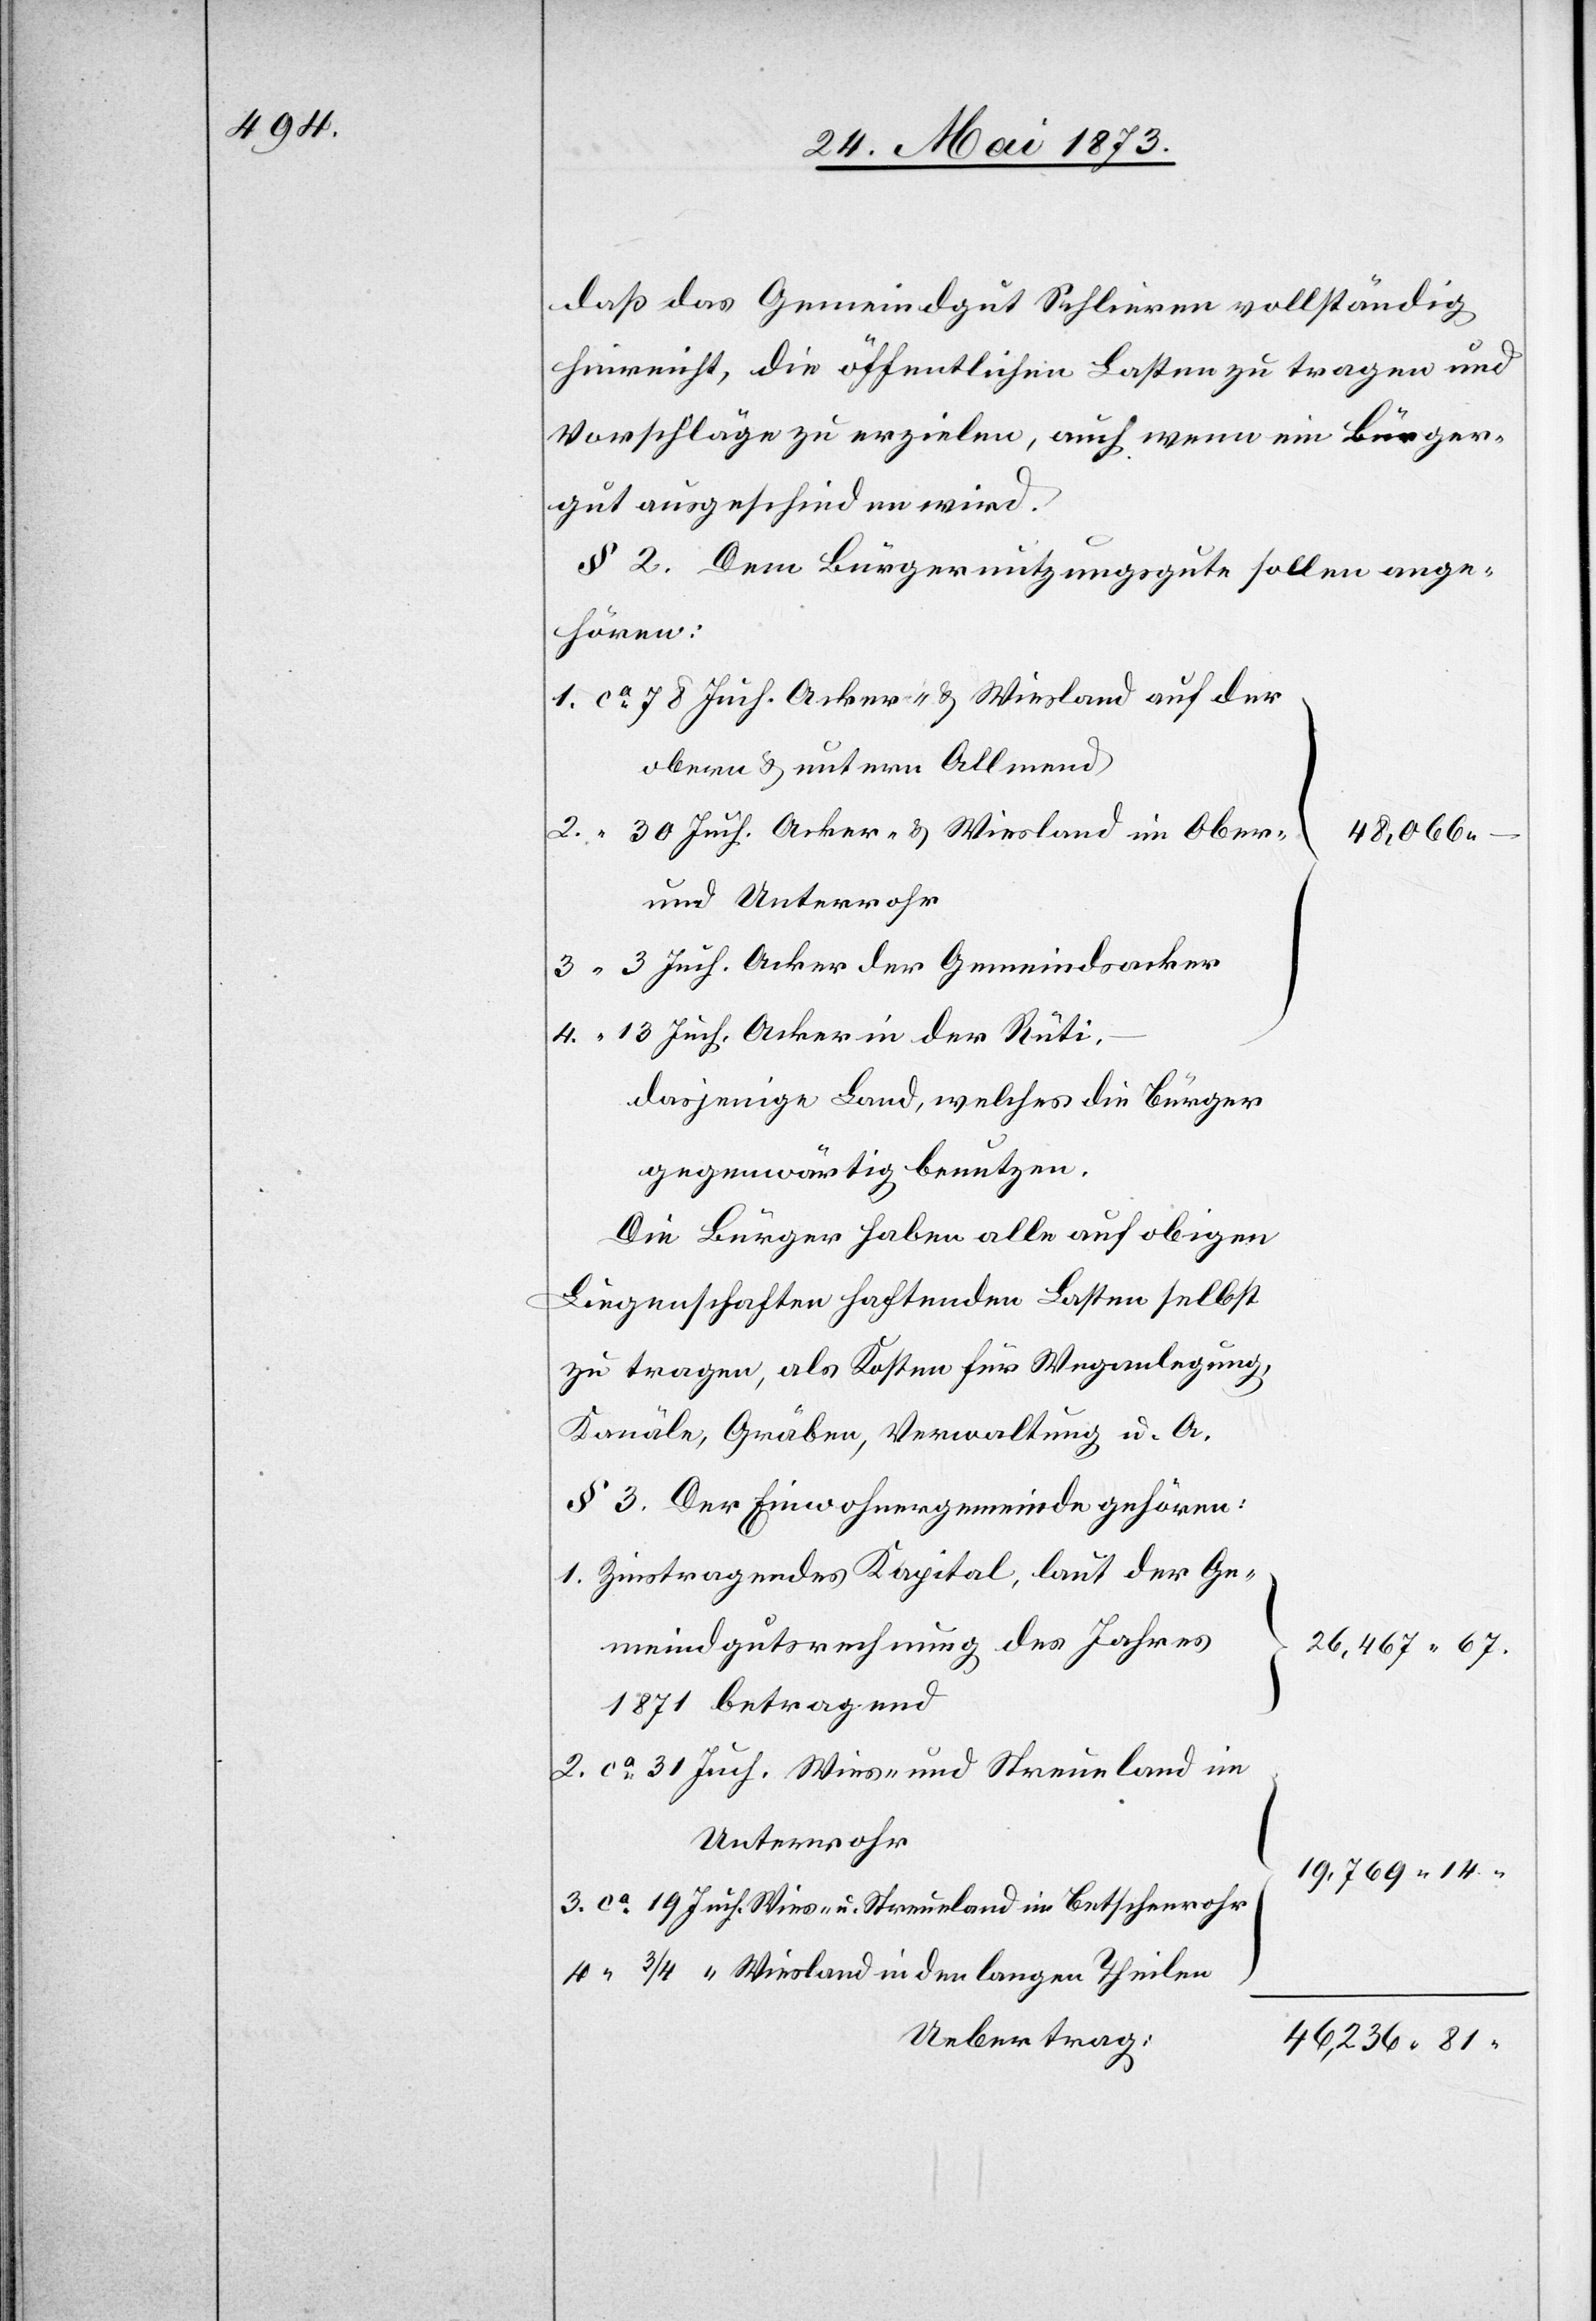
daß das Gemeindgut Schlieren vollständig
hinreicht, die öffentlichen Lasten zu tragen und
Vorschläge zu erzielen, auch wenn ein Bürger¬
gut ausgeschieden wird.
§ 2. Dem Bürgernutzungsgute sollen ange¬
hören:
1. ca 78 Juch. Acker- & Wiesland auf der
obern & untern Allmend
2.
30 Juch. Acker- & Wiesland im Ober
48,066 –
und Unterrohr
3. “ 3 Juch. Acker der Gemeindsacker
4. “ 13 Juch. Acker in der Rüti.
dasjenige Land, welches die Bürger
gegenwärtig benutzen.
Die Bürger haben alle auf obigen
Liegenschaften haftenden Lasten selbst
zu tragen, als Kosten für Weganlegung,
Kanäle, Gräben, Verwaltung u. A.
§ 3. Der Einwohnergemeinde gehören:
1. Zinstragendes Kapital, laut der Ge¬
meindgutsrechnung des Jahres
26,467 67.
1871 betragend
2. ca 31 Juch. Wies- und Streueland im
Unterrohr
19,769 14.
3. ca 19 Juch. Wies- u. Streueland im Betschenrohr
4. “ 3/4 “ Wiesland in den langen Theilen